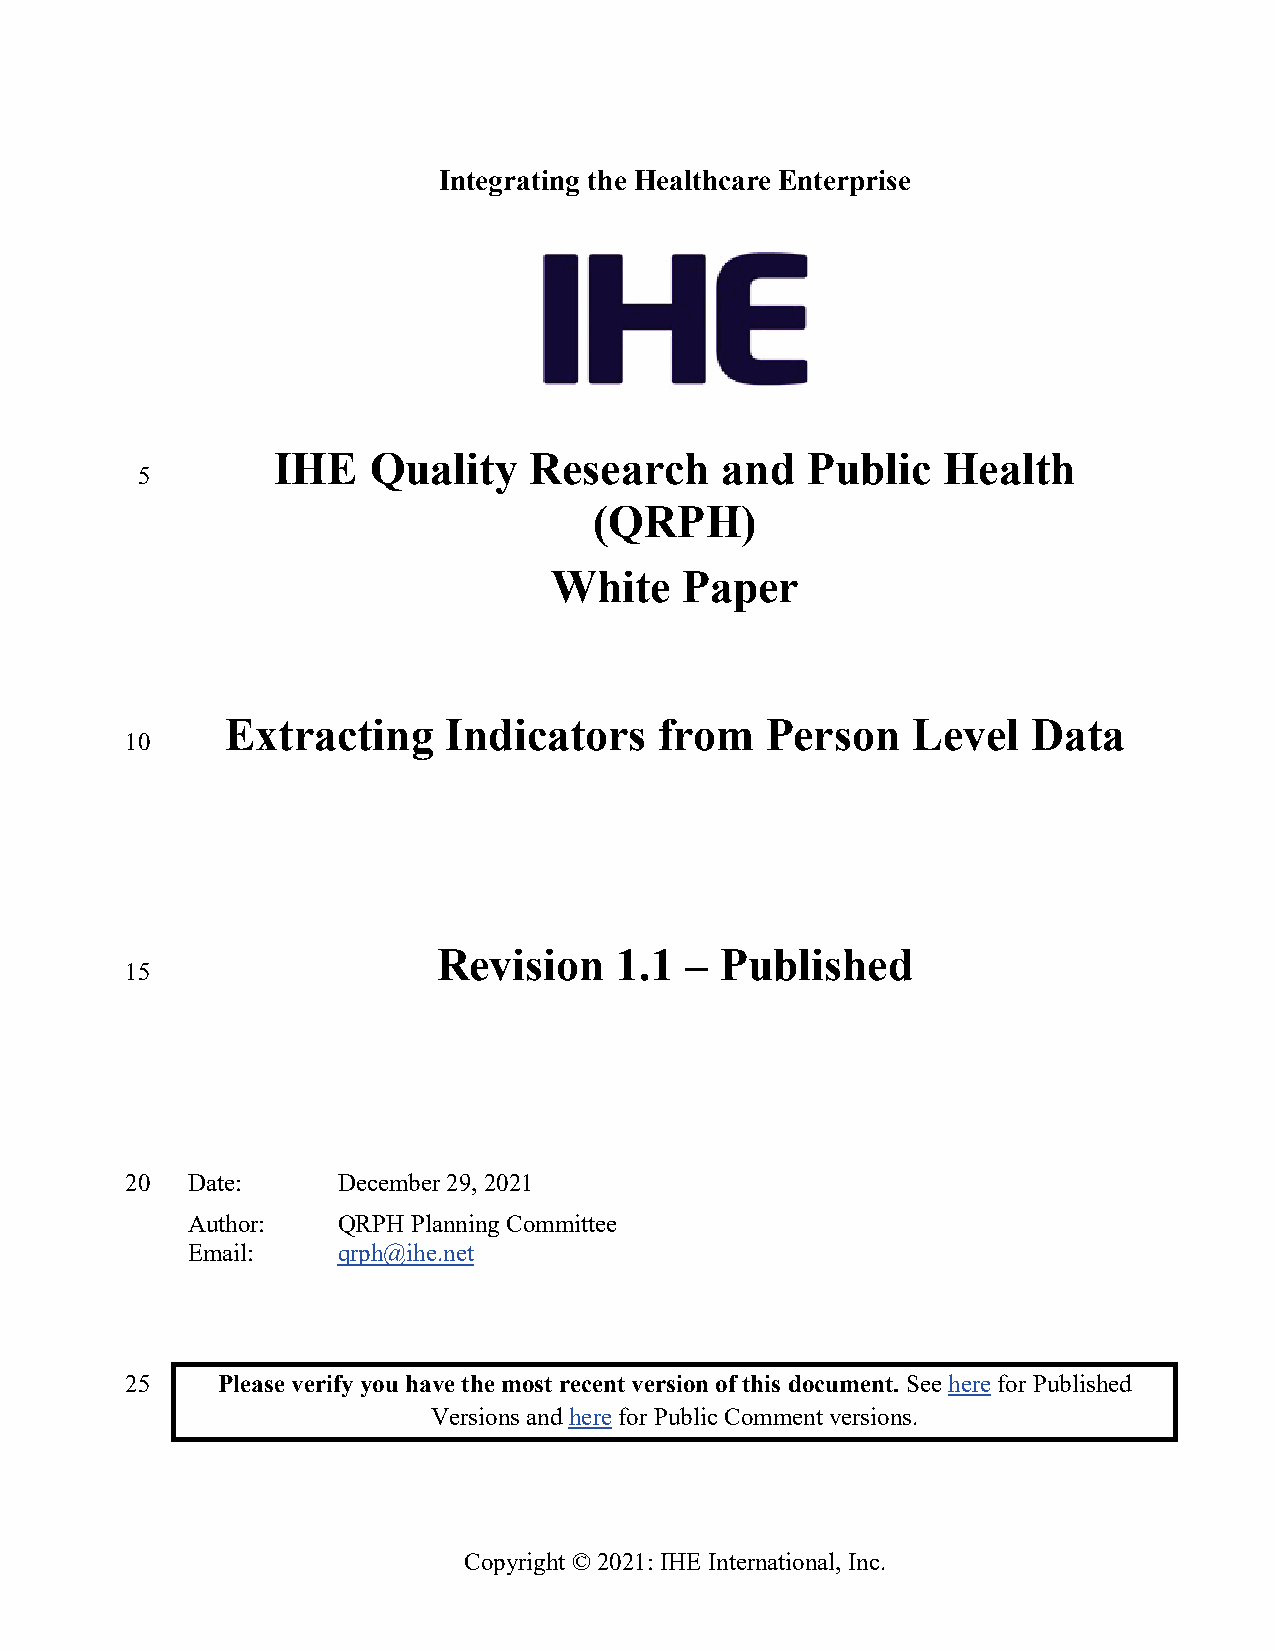
Integrating the Healthcare Enterprise
 IHE   Quality    Research     and  Public   Health
 5
 (QRPH)
 White    Paper
 Extracting    Indicators     from   Person   Level   Data
 10
 Revision    1.1 –  Published
 15
 20  Date:     December 29, 2021
 Author:   QRPH Planning Committee
 Email:    qrph@ihe.net
 25    Please verify you have the most recent version of this document. See here for Published
 Versions and here for Public Comment versions.
 Copyright © 2021: IHE International, Inc.